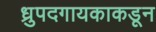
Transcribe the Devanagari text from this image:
ध्रुपदगायकाकडून